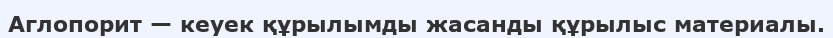
Аглопорит — кеуек құрылымды жасанды құрылыс материалы.